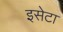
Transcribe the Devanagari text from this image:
इसेटा